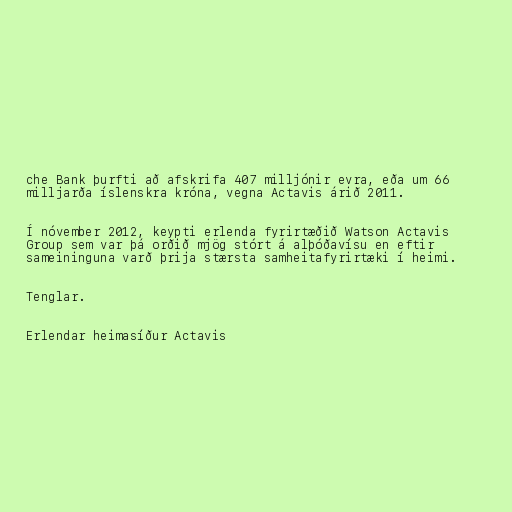
che Bank þurfti að afskrifa 407 milljónir evra, eða um 66
milljarða íslenskra króna, vegna Actavis árið 2011.

Í nóvember 2012, keypti erlenda fyrirtæðið Watson Actavis
Group sem var þá orðið mjög stórt á alþóðavísu en eftir
sameininguna varð þrija stærsta samheitafyrirtæki í heimi.

Tenglar.

Erlendar heimasíður Actavis